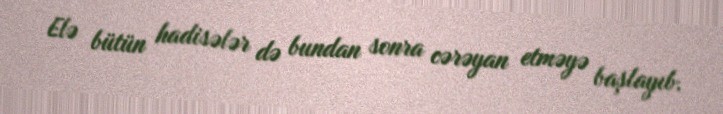
Elə bütün hadisələr də bundan sonra cərəyan etməyə başlayıb.